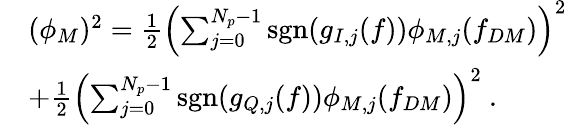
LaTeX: \begin{array}{rl}&{(\phi_{M})^{2}=\frac{1}{2}\left(\sum_{j=0}^{N_{p}-1}\textrm{sgn}(g_{I,j}(f))\phi_{M,j}(f_{DM})\right)^{2}}\\ &{+\frac{1}{2}\left(\sum_{j=0}^{N_{p}-1}\textrm{sgn}(g_{Q,j}(f))\phi_{M,j}(f_{DM})\right)^{2}\ .}\end{array}